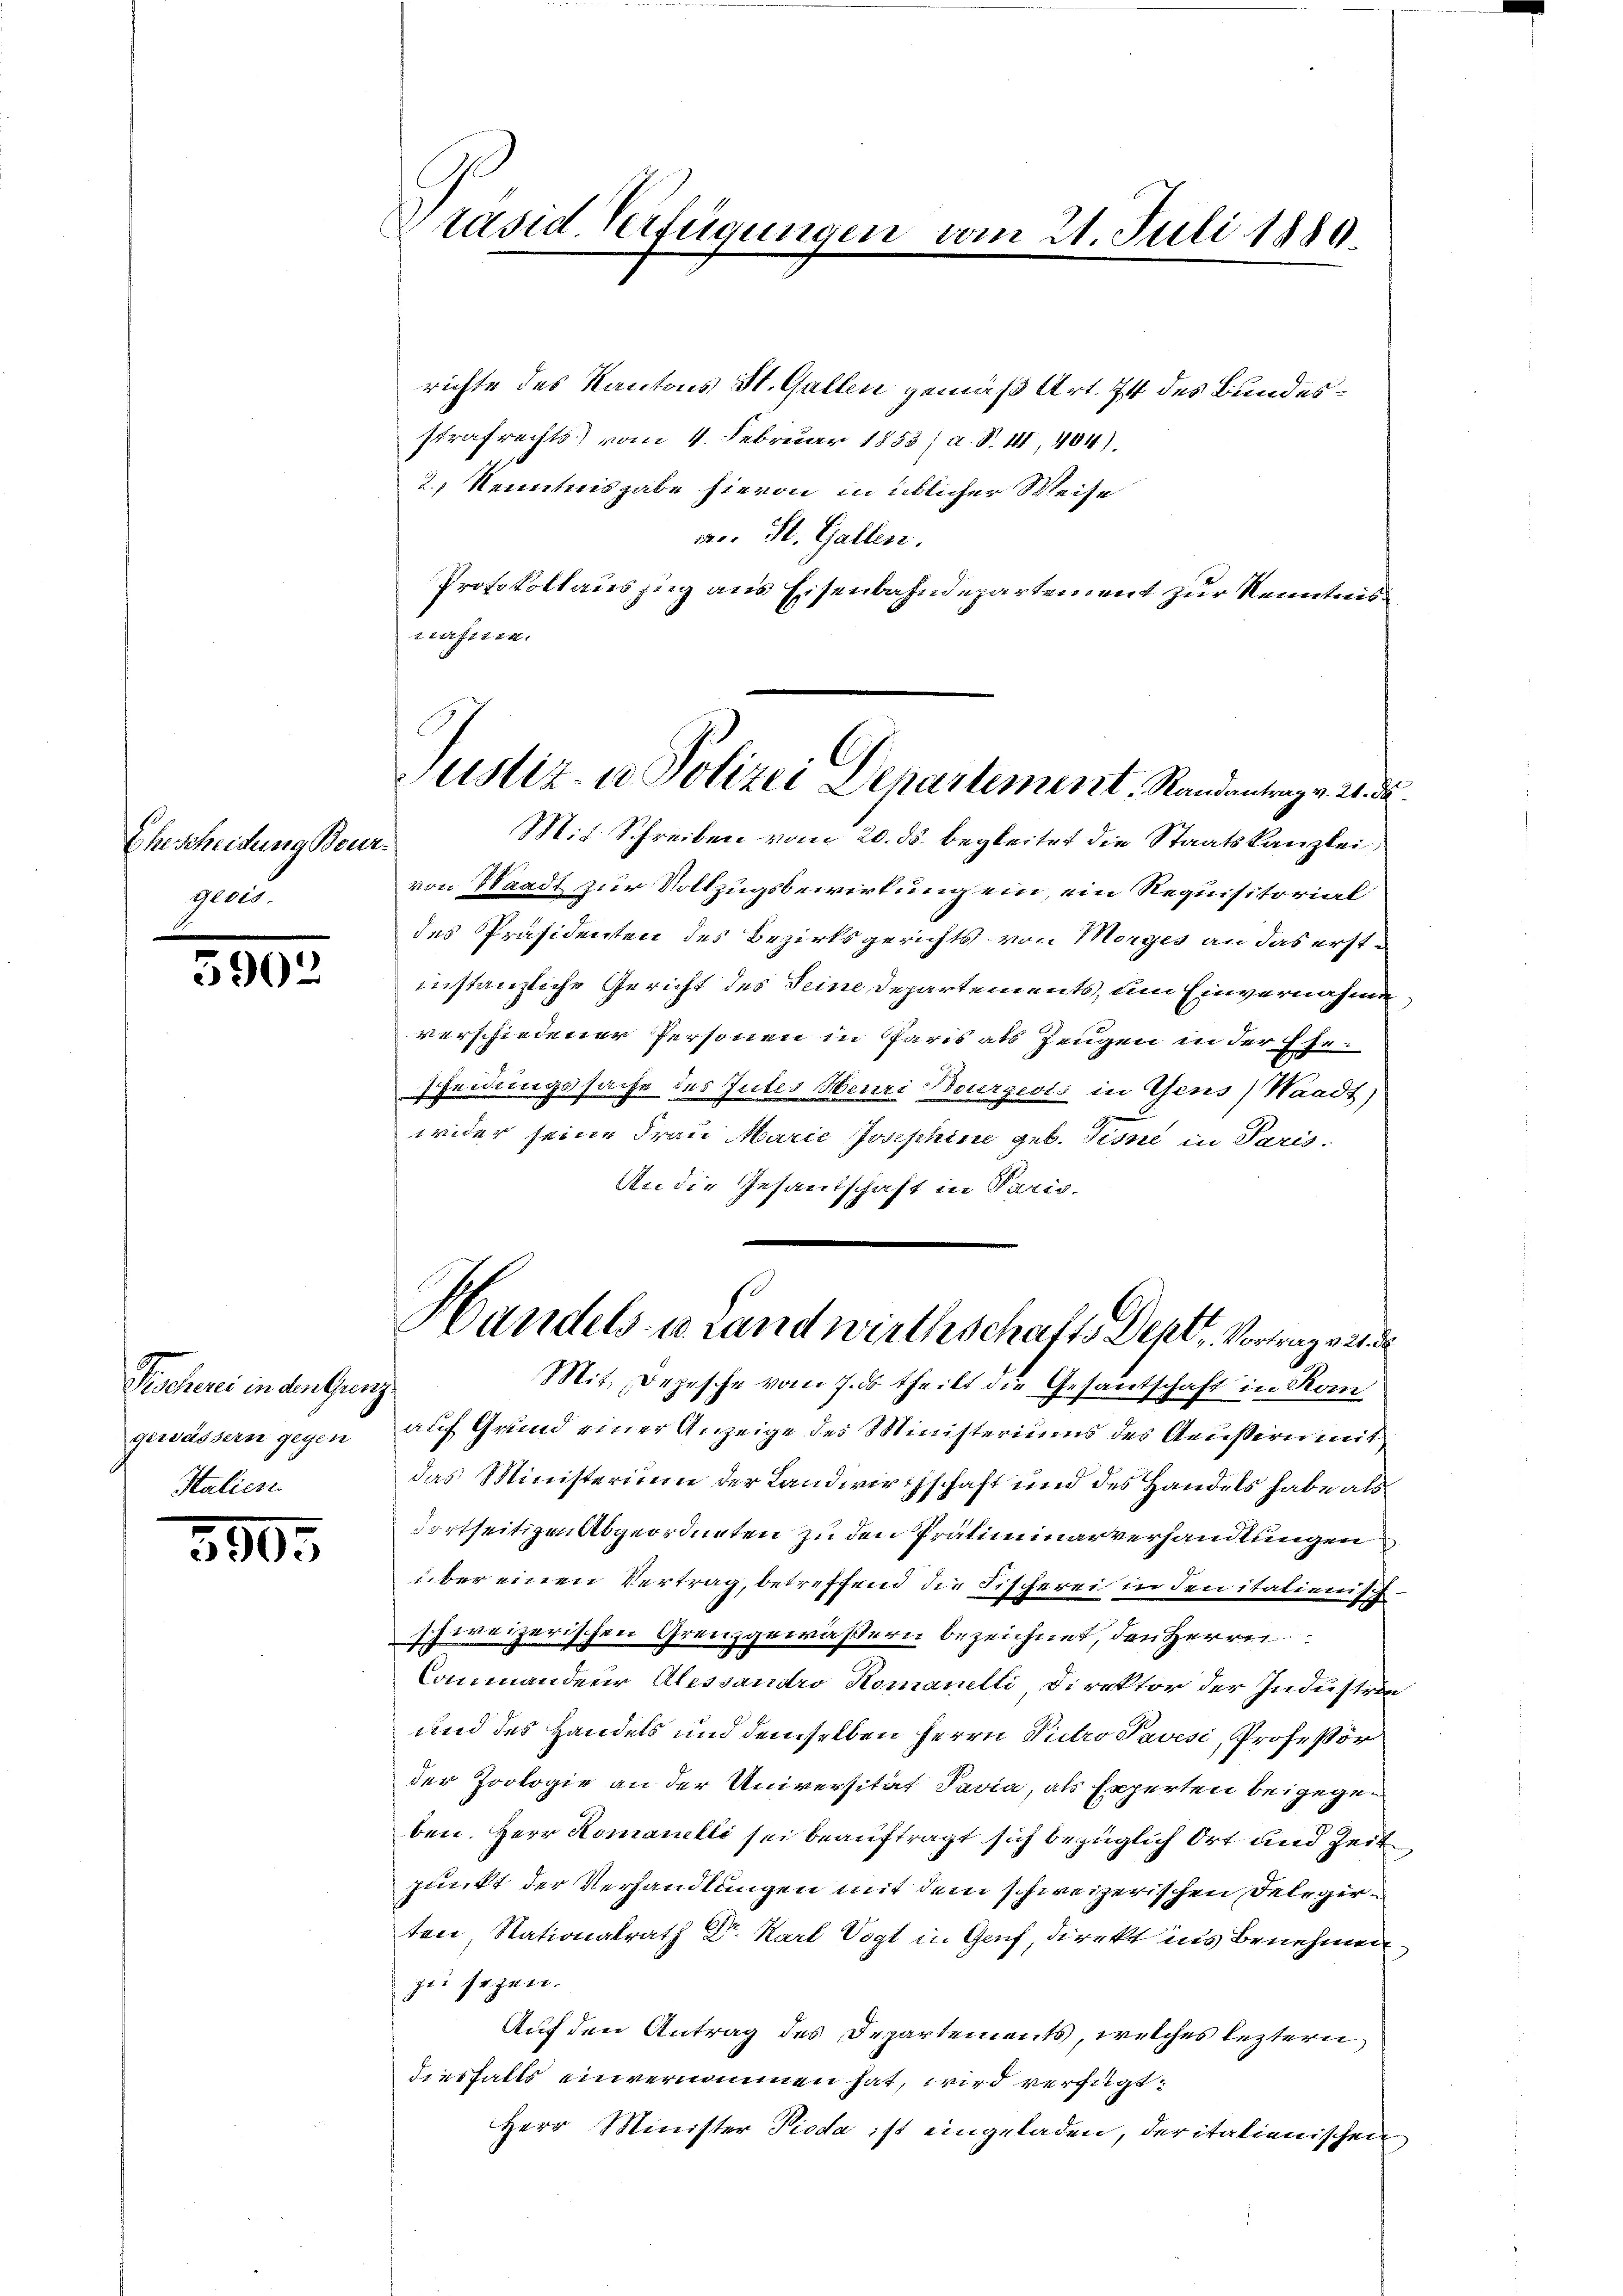
Ehescheidung Beurgeei

5902

Pischerei in den Grenz
gewässern gegen
Italien.

3505

Präsid. Verfügungen

richte des Kantons St. Gallen gemäß Art. 74 des Bundesstrafrechts) vom 4. Februar 1853 / a. S. 41, 404)
2) Kenntnisgabe hievon in üblicher Weise
an. St. Gallen.
Protokollauszug aus Eisenbahndepartement zur Kenntnis
werferen.
Mit Schreiben vom 20. ds. begleitet die Staatskanzlei,
von Waadt zur Vollzugsbewirkung ein, ein Requisitorial
des Präsidenten des Bezirksgerichts von Morges an das erstinstanzliche Gericht des Seine Departements, um Einvernahme
verschiedener Personen in Paris als Zeugen in der Ehescheidungssache des Gutes Heuri Bourgeois in Gens) Waadt)
wider seine Frau Marie Josephine geb. Sinne in Paris.
An die Gesandschaft in Paris,
Handels- u. Landwirthschafts Deptr. Vortrages d
Mit Depesche vom 7. ds. theilt die Gesantschaft in Kon
auf Grund einer Anzeige des Ministeriums des Aeußern mit
das Ministerium der Landwirthschaft und des Handels habe als
dortseitigen Abgeordneten zu den Präliminarverhandlungen
über einen Vertrag, betreffend die Fischerei in den italienisch
schweizerischen Grenzgewäßern bezeichnet, den Herrn
Commandeur Alessandro Romanelli Direktor der Industri
und des Handels und demselben Herrn Pietro Pavesi, Professor
der Zoologie an der Universität Pavia, als Experten beigegeben. Herr Romanelli sei beauftragt sich bezüglich Ort und Zeit
punkt der Verhandlungen mit dem schweizerischen Delegerten, Nationalrath Dr. Karl Vogt in Genf, direkt ins Benehmen
zu sezen.
Auf den Antrag des Departements, welches leztern
diesfalls einvernommen hat, wird verfügt:
Herr Minister Pioda ist eingeladen, der italienischen

vom 21. Juli 1889

Justiz- u Polizei Departement, Randantrag v. 21 de